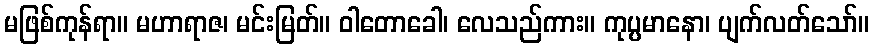
မဖြစ်ကုန်ရာ။ မဟာရာဇ၊ မင်းမြတ်။ ဝါတောခေါ၊ လေသည်ကား။ ကုပ္ပမာနော၊ ပျက်လတ်သော်။